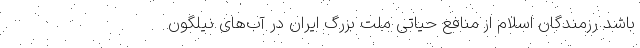
باشد رزمندگان اسلام از منافع حیاتی ملت بزرگ ایران در آب‌های نیلگون